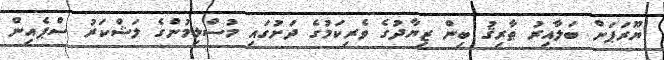
ޔޫރަޕަށް ބަލާއިރު ޠާރިޤު ބިން ޒިޔާދުގެ ވެރިކަމުގެ ދަށުގައި މުސްލިމުންގެ ލަޝްކަރު ސްޕެއިން